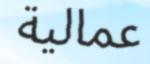
عمالية